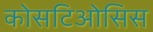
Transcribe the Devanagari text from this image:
कोसटिओसिस